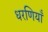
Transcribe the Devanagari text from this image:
धरणियाँ